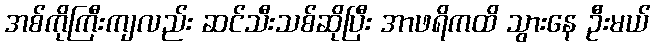
အစ်ကိုကြီးကျလည်း ဆင်သီးသစ်ဆိုပြီး အာဖရိကထိ သွားနေ ဦးမယ်